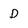
Character: D